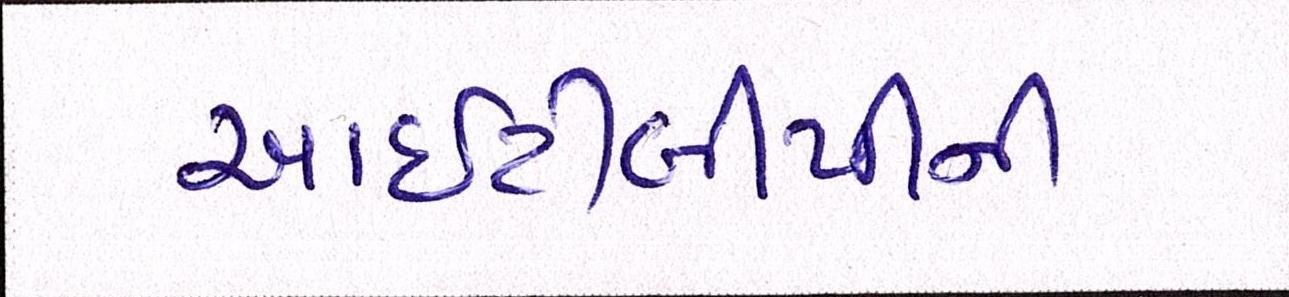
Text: આઇટીબીપીની